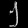
Digit: ၂